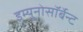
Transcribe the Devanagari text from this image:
इम्युनोसॉर्बेन्ट